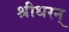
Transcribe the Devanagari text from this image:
श्रीधरन्